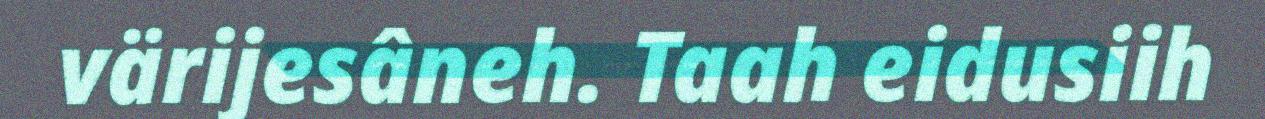
värijesâneh. Taah eidusiih